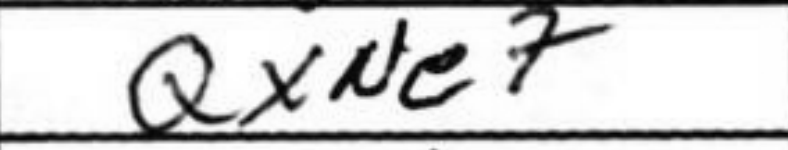
Transcription: QxNe7